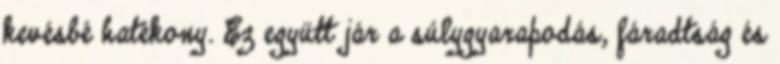
kevésbé hatékony. Ez együtt jár a súlygyarapodás, fáradtság és